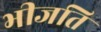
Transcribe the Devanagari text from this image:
भीजति